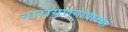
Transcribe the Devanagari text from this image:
नारायणगावाच्या